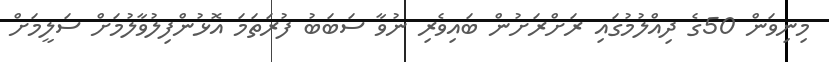
މިނިވަން 50ގެ ދިއްލުމުގައި ރަށްރަށުން ބައިވެރި ނުވާ ސަބަބު ފުރަތަމަ އޮޅުންފިލުވާލުމަށް ސަލީމަށް